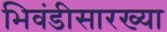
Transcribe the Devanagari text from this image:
भिवंडीसारख्या